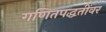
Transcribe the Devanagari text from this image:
गणितपद्धतींवर